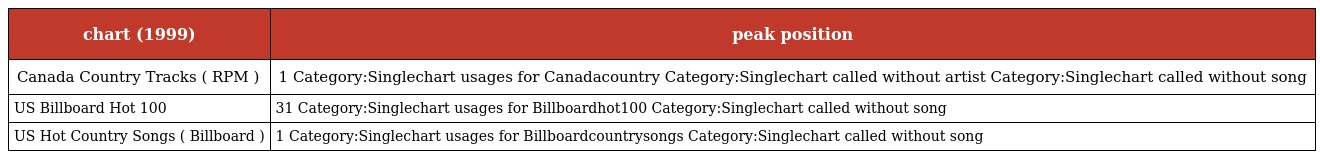
| chart (1999) | peak position |
 | --- | --- |
 | Canada Country Tracks ( RPM ) | 1 Category:Singlechart usages for Canadacountry Category:Singlechart called without artist Category:Singlechart called without song |
 | US Billboard Hot 100 | 31 Category:Singlechart usages for Billboardhot100 Category:Singlechart called without song |
 | US Hot Country Songs ( Billboard ) | 1 Category:Singlechart usages for Billboardcountrysongs Category:Singlechart called without song |